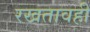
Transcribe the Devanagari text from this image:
रखतावही